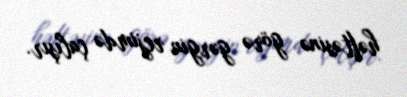
həftəsinə görə gərgin rejimdə çalışır.